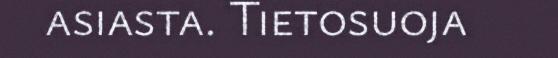
asiasta. Tietosuoja